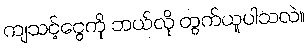
ကျသင့်ငွေကို ဘယ်လို တွက်ယူပါသလဲ။